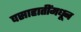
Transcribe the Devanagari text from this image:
वसाहातींमधून